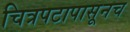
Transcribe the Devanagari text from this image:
चित्रपटापासूनच